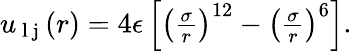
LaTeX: \begin{array}{r}{u_{\mathrm{~l~j~}}(r)=4\epsilon\left[\left(\frac{\sigma}{r}\right)^{12}-\left(\frac{\sigma}{r}\right)^{6}\right].}\end{array}